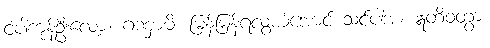
ငံ့ပါကုန်ဦးလော့။ ဂဏှာမိ၊ မြန်မြန်ရလွယ်အောင် သင်ပါအံ့။ ဣတိဝတွာ၊